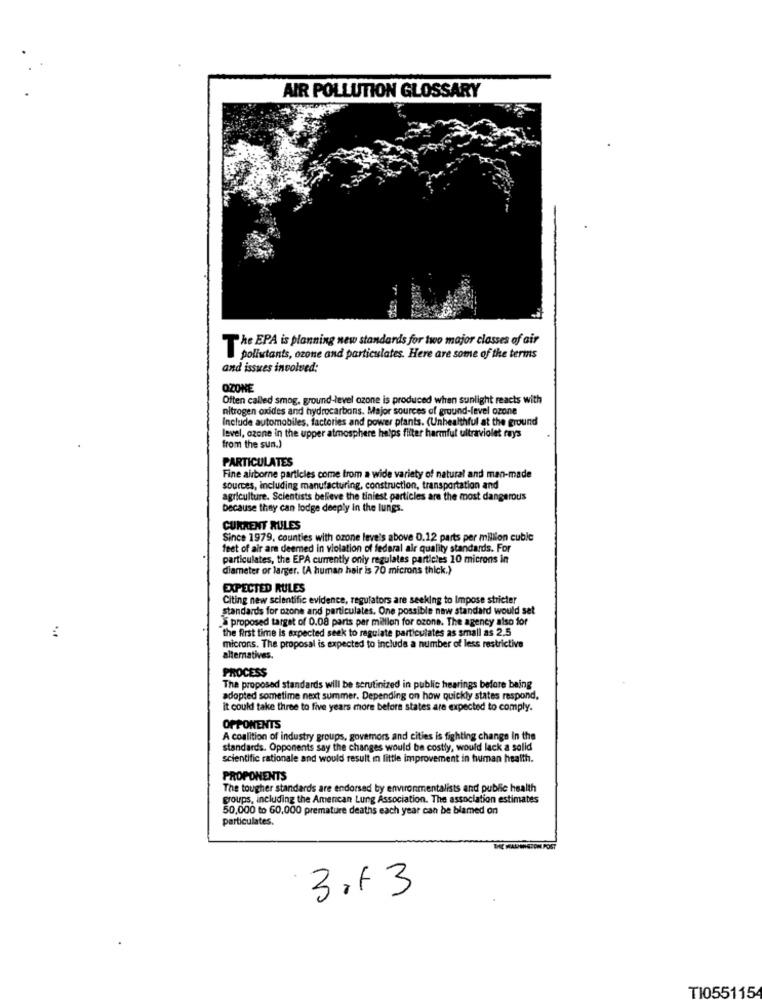
AIR POLLUTION GLOSSARY
he EPA is planning new standards for two major classes of air
pollutants, ozone and particulates. Here are some of the terms
and issues involved:
OZONE
Often called smog. ground-level ozone is produced when sunlight reacts with
nitrogen oxides and hydrocarbons. Major sources of ground-level
Include automobiles, factories and power plants. (Unhealthful at the ground
level, ozone in the upper atmosphere helps filter harmful ultraviolet rays
from the sun.)
PARTICULATES
Fine airborne particles come from a wide variety of natural and man-made
sources, including manufacturing, construction, transportation and
agriculture. Scientists believe the tiniest particles are the most dangerous
because they can lodge deeply in the lungs.
CURRENT RULES
Since 1979, counties with ozone leve's above 0.12 parts per million cubic
feet of air are deemed in violation of federal air quality standards. For
particulates, the EPA currently only regulates particles 10 microns in
diameter or larger. (A human hair is 70 microns thick.)
EXPECTED RULES
Citing new scientific evidence, regulators are seeking to Impose stricter
standards for ozone and particulates. One possible new standard would set
proposed target of 0.08 parts per million for ozone. The agency also for
"the first time is expected seek to regulate particulates as small as 2.5
microns. The proposal is expected to include a number of less restrictive
alternatives.
PROCESS
The proposed standards will be scrutinized in public hearings before being
adopted sometime next summer. Depending on how quickly states respond.
it could take three to five years more before states are expected to comply.
OPPONENTS
A coalition of industry groups, govemors and cities is fighting change In the
standards. Opponents say the changes would be costly, would lack a solid
scientific rationale and would result in little improvement in human health.
PROPONENTS
The tougher standards are endorsed by environmentalists and public health
groups, including the Amencan Lung Association. The association estimates
50,000 to 60,000 premature deaths each year can be blamed on
particulates.
3.13
TI055115